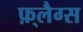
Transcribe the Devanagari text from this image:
फ़्लैग्स